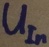
Text: UIn